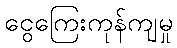
ငွေကြေးကုန်ကျမှု